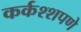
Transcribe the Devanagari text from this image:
कर्कश्शपणे